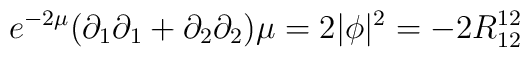
e^{-2\mu}(\partial_{1}\partial_{1}+\partial_{2} \partial_{2})\mu = 2 |\phi|^{2}= - 2R^{12}_{12}